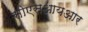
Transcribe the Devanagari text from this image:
सीएसआयआर